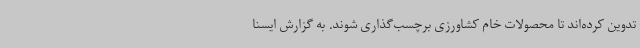
تدوین کرده‌اند تا محصولات خام کشاورزی برچسب‌گذاری شوند. به گزارش ایسنا